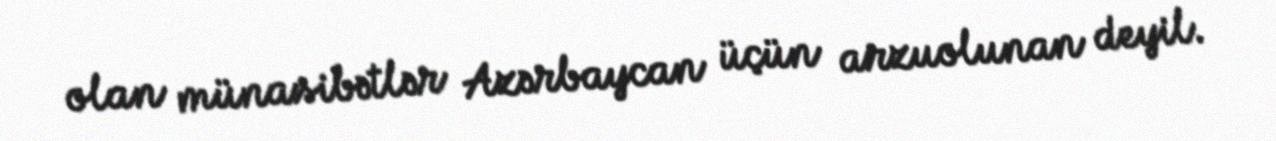
olan münasibətlər Azərbaycan üçün arzuolunan deyil.